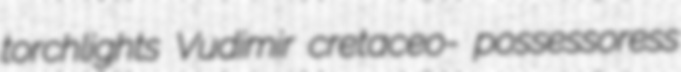
torchlights Vudimir cretaceo- possessoress